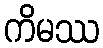
ကိမဿ